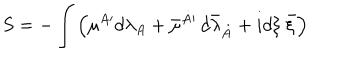
LaTeX: S = - \int \left( { \mu } { } ^ { A \prime } d \lambda _ { A } + \bar { \mu } { } ^ { \dot { A } \prime } \, d { \bar { \lambda } } _ { \dot { A } } + i d { \xi } ~ \bar { \xi } \right)